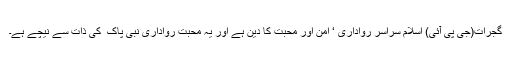
گجرات(جی پی آئی) اسلام سراسر رواداری ‘ امن اور محبت کا دین ہے اور یہ محبت رواداری نبی پاک ۖ کی ذات سے نیچے ہے۔